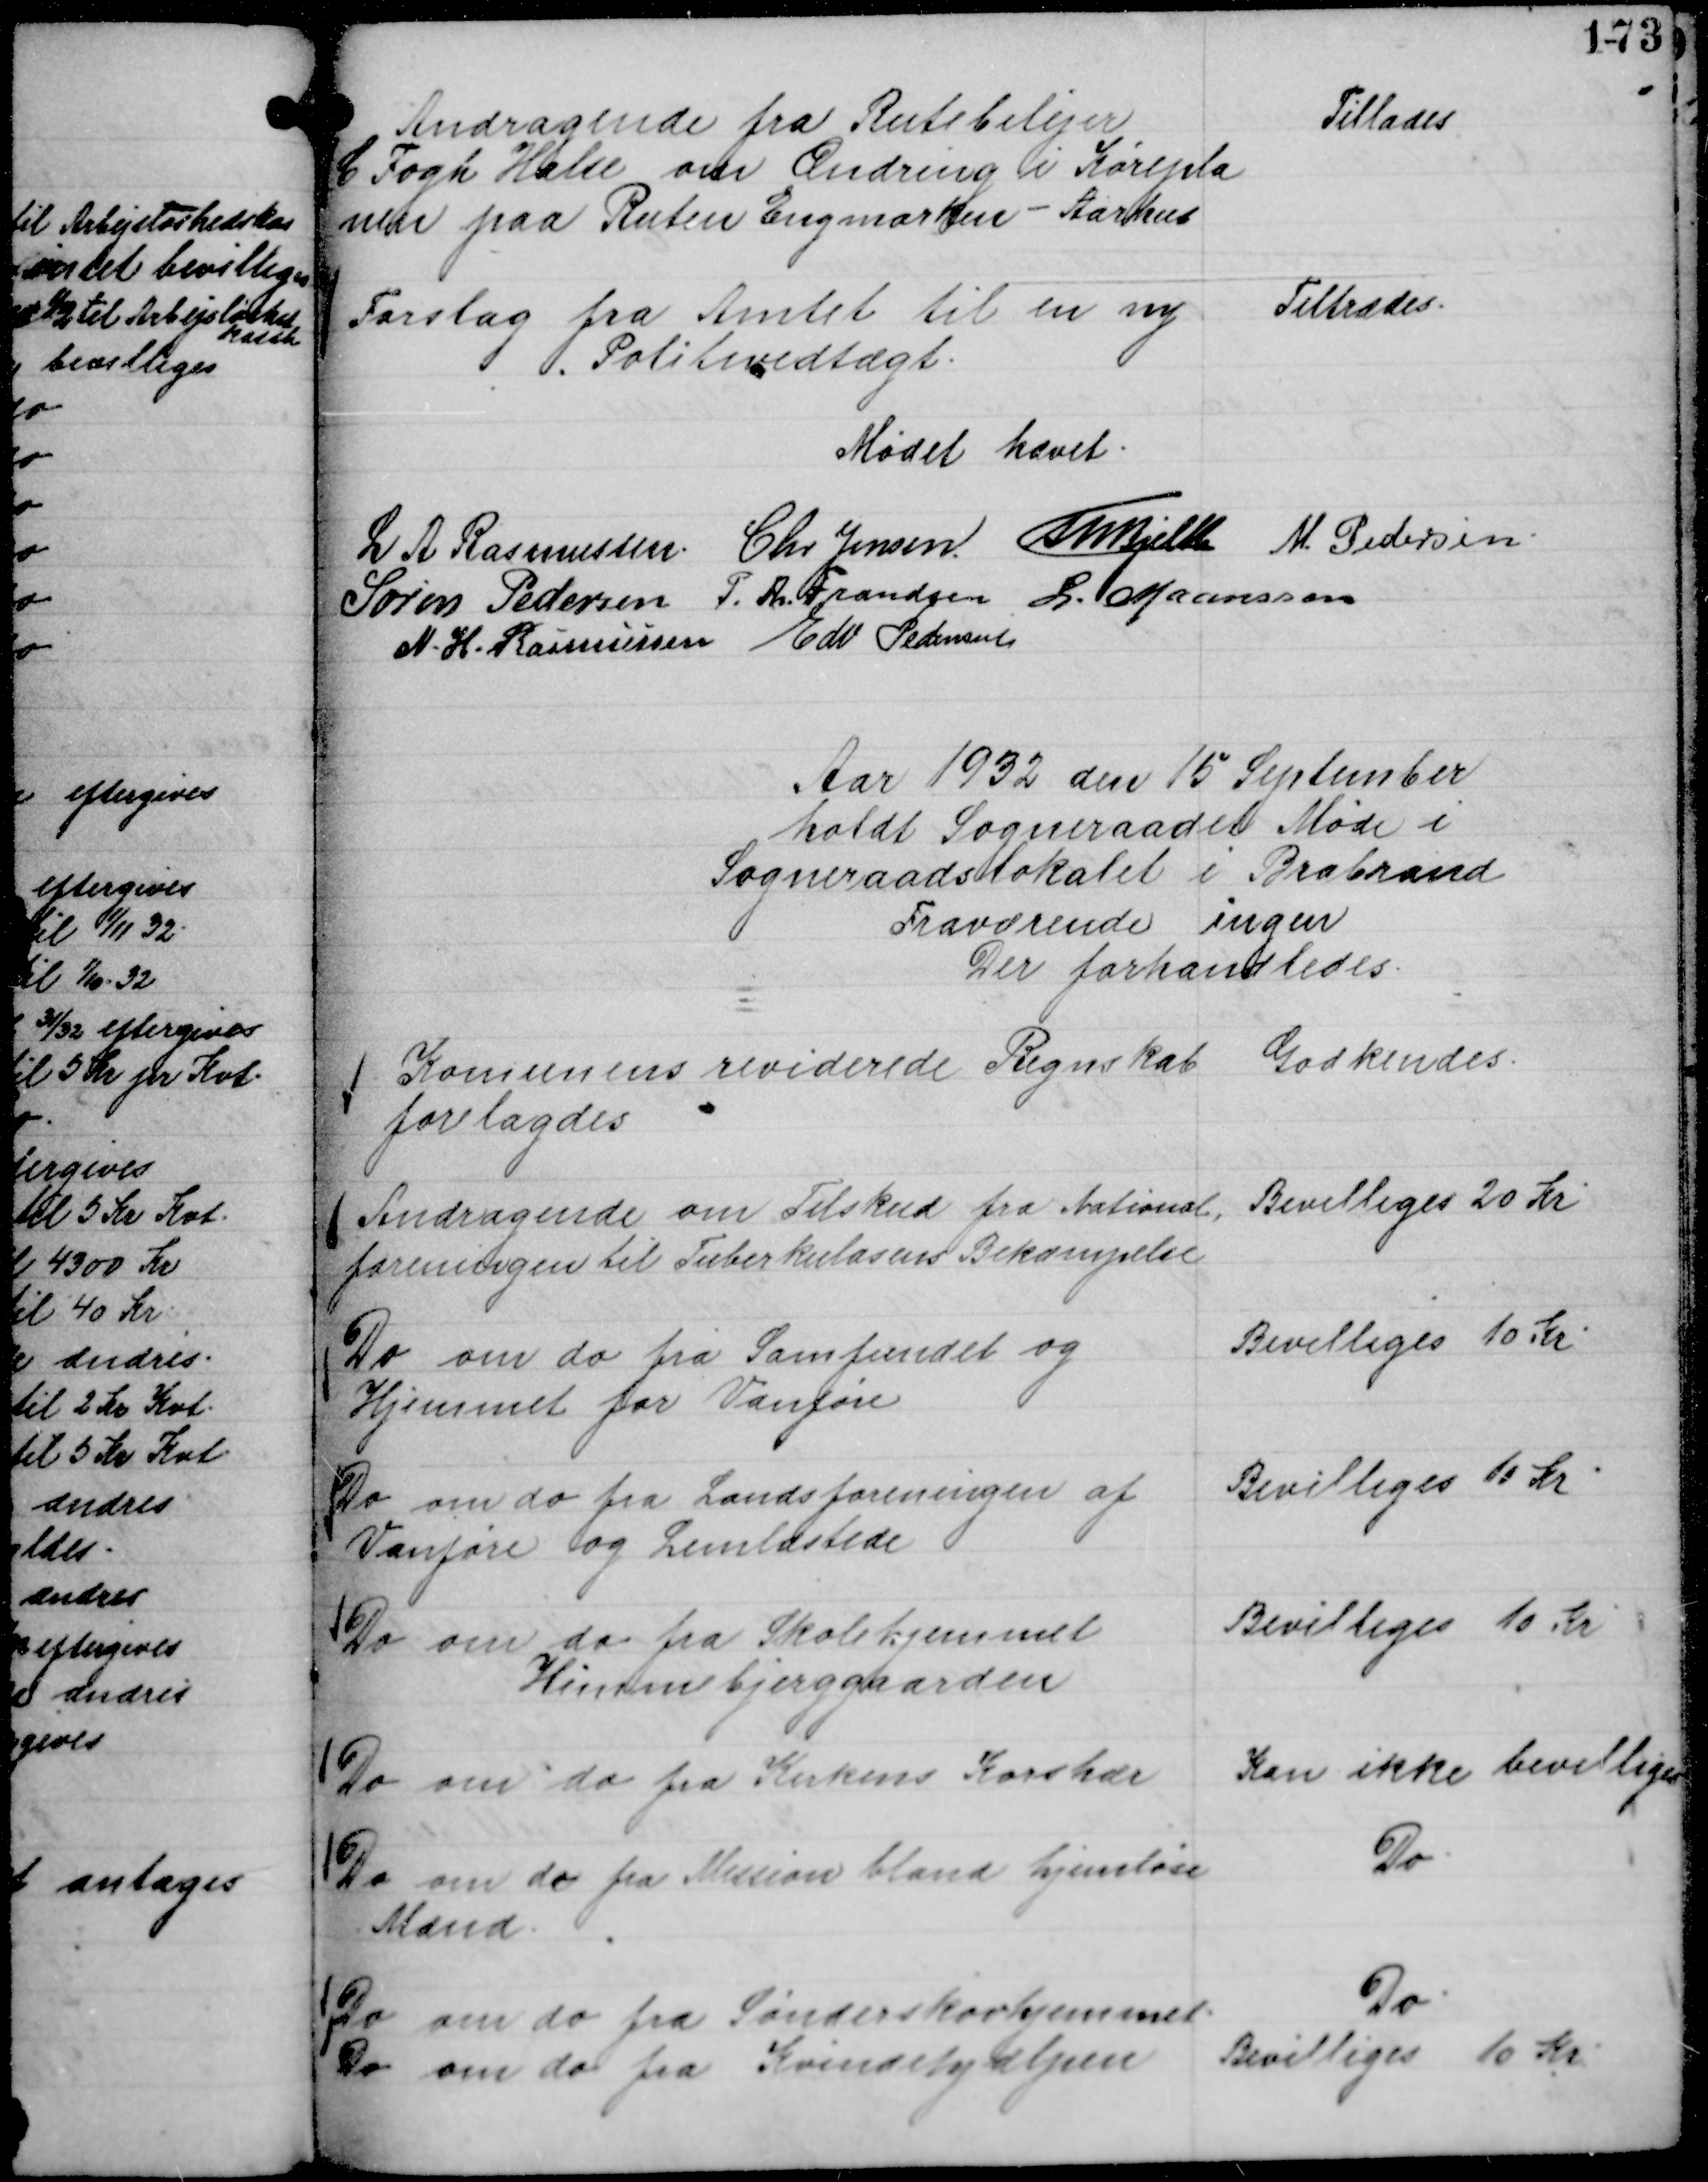
Transskription:
Andragende fra Rutebilejer
C Fogh Halse om Ændring i Kørepla
nen paa Ruten Engmarken - Aarhus

Tillades

Forslag fra Amtet til en ny
Politivedtægt.

Tiltrædes.

Mødet hævet.
L A Rasmussen.
Chr Jensen.
Th Bjelke
M. Pedersen.
Søren Pedersen
P. Th. Frandsen
L. Maansson
N. H. Rasmussen
Edv Pedersen

Aar 1932 den 15 September
holdt Sogneraadet Møde i
Sogneraadslokalet i Brabrand
Fraværende ingen
Der forhandledes.

Komunens reviderede Regnskab
forelagdes

Godkendes.

Andragende om Tilskud fra National,
foreningen til Tuberkulosens Bekæmpelse

Bevilliges 20 Kr

Do om do fra Samfundet og
Hjemmet for Vanføre

Bevilliges 10 Kr

Do om do fra Landsforeningen af
Vanføre og Lemlæstede

Bevilliges 10 Kr

Do om do fra Skolehjemmet
Himmelbjerggaarden

Bevilliges 10 Kr

Do om do fra Kirkens Korshær

Kan ikke bevilliges

Do om do fra Mission blandt hjemløse
Mænd.

Do.

Do om do fra Sønderskovhjemmet.

Do

Do om do fra Kvindehjælpen

Bevilliges 10 Kr.